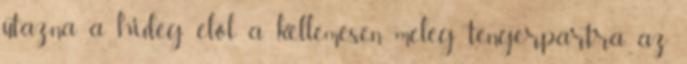
utazna a hideg elől a kellemesen meleg tengerpartra, az